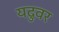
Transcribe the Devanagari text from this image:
यदुवर